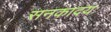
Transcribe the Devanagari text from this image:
सनकादयः